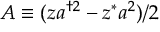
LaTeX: A \equiv ( z a ^ { \dagger 2 } - z ^ { * } a ^ { 2 } ) / 2